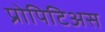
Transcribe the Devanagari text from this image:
प्रोपिटिअस